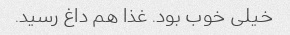
خیلی خوب بود. غذا هم داغ رسید.